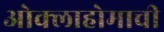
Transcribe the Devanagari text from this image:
ओक्लाहोमाची